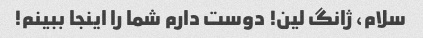
سلام، ژانگ لین! دوست دارم شما را اینجا ببینم!